Annual report of the Civil Veterinary Department, Bengal, for the year 1897-98 - 1897-1898
Year: 1897
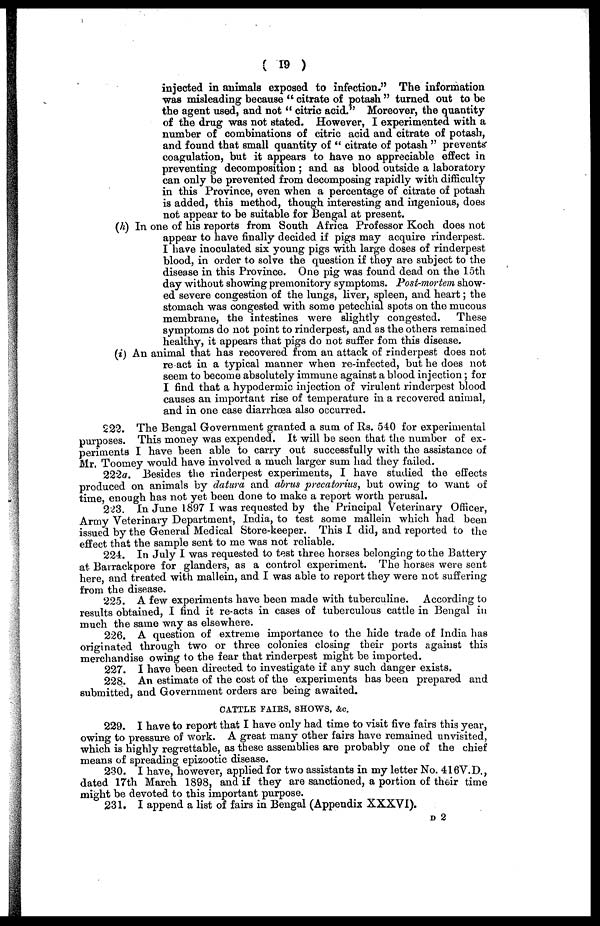
( 19 )
injected in animals exposed to infection." The information
was misleading because " citrate of potash " turned out to be
the agent used, and not " citric acid." Moreover, the quantity
of the drug was not stated. However, I experimented with a
number of combinations of citric acid and citrate of potash,
and found that small quantity of " citrate of potash " prevents
coagulation, but it appears to have no appreciable effect in
preventing decomposition ; and as blood outside a laboratory
can only be prevented from decomposing rapidly with difficulty
in this Province, even when a percentage of citrate of potash
is added, this method, though interesting and ingenious, does
not appear to be suitable for Bengal at present.
(h) In one of his reports from South Africa Professor Koch does not
appear to have finally decided if pigs may acquire rinderpest.
I have inoculated six young pigs with large doses of rinderpest
blood, in order to solve the question if they are subject to the
disease in this Province. One pig was found dead on the loth
day without showing premonitory symptoms. Post-mortem show-
ed severe congestion of the lungs, liver, spleen, and heart ; the
stomach was congested with some petechial spots on the mucous
membrane, the intestines were slightly congested.
These
symptoms do not point to rinderpest, and as the others remained
healthy, it appears that pigs do not suffer fom this disease.
(i) An animal that has recovered from an attack of rinderpest does not
re act in a typical manner when re-infected, but he does not
seem to become absolutely immune against a blood injection ; for
I find that a hypodermic injection of virulent rinderpest blood
causes an important rise of temperature in a recovered animal,
and in one case diarrhoea also occurred.
222. The Bengal Government granted a sum of Rs. 540 for experimental
purposes. This money was expended. It will be seen that the number of ex-
periments I have been able to carry out successfully with the assistance of
Mr. Toomey would have involved a much larger sum had they failed.
222a. Besides the rinderpest experiments, I have studied the effects
produced on animals by datura and abrus precatorius, but owing to want of
time, enough has not yet been done to make a report worth perusal.
223. In June 1897 I was requested by the Principal Veterinary Officer,
Army Veterinary Department, India, to test some mallein which had been
issued by the General Medical Store-keeper. This I did, and reported to the
effect that the sample sent to me was not reliable.
224. In July I was requested to test three horses belonging to the Battery
at Barrackpore for glanders, as a control experiment. The horses were sent
here, and treated with mallein, and I was able to report they were not suffering
from the disease.
225. A few experiments have been made with tuberculine. According to
results obtained, I find it re-acts in cases of tuberculous cattle in Bengal in
much the same way as elsewhere.
226. A question of extreme importance to the hide trade of India has
originated through two or three colonies closing their ports against this
merchandise owing to the fear that rinderpest might be imported.
227. I have been directed to investigate if any such danger exists.
228. An estimate of the cost of the experiments has been prepared and
submitted, and Government orders are being awaited.
CATTLE FAIRS, SHOWS, &c.
229. I have to report that I have only had time to visit five fairs this year,
owing to pressure of work. A great many other fairs have remained unvisited,
which is highly regrettable, as these assemblies are probably one of the chief
means of spreading epizootic disease.
230. I have, however, applied for two assistants in my letter No. 416V.D.,
dated 17th March 1898, and if they are sanctioned, a portion of their time
might be devoted to this important purpose.
231. I append a list of fairs in Bengal (Appendix XXXVI).
D 2